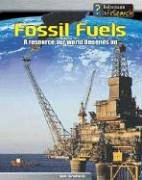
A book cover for Fossil Fuels: A Resource Our World Depends On (Managing Our Resources); Ian Graham; Children's Books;